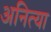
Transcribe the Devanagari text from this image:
अनित्या